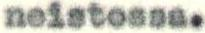
neistossa.